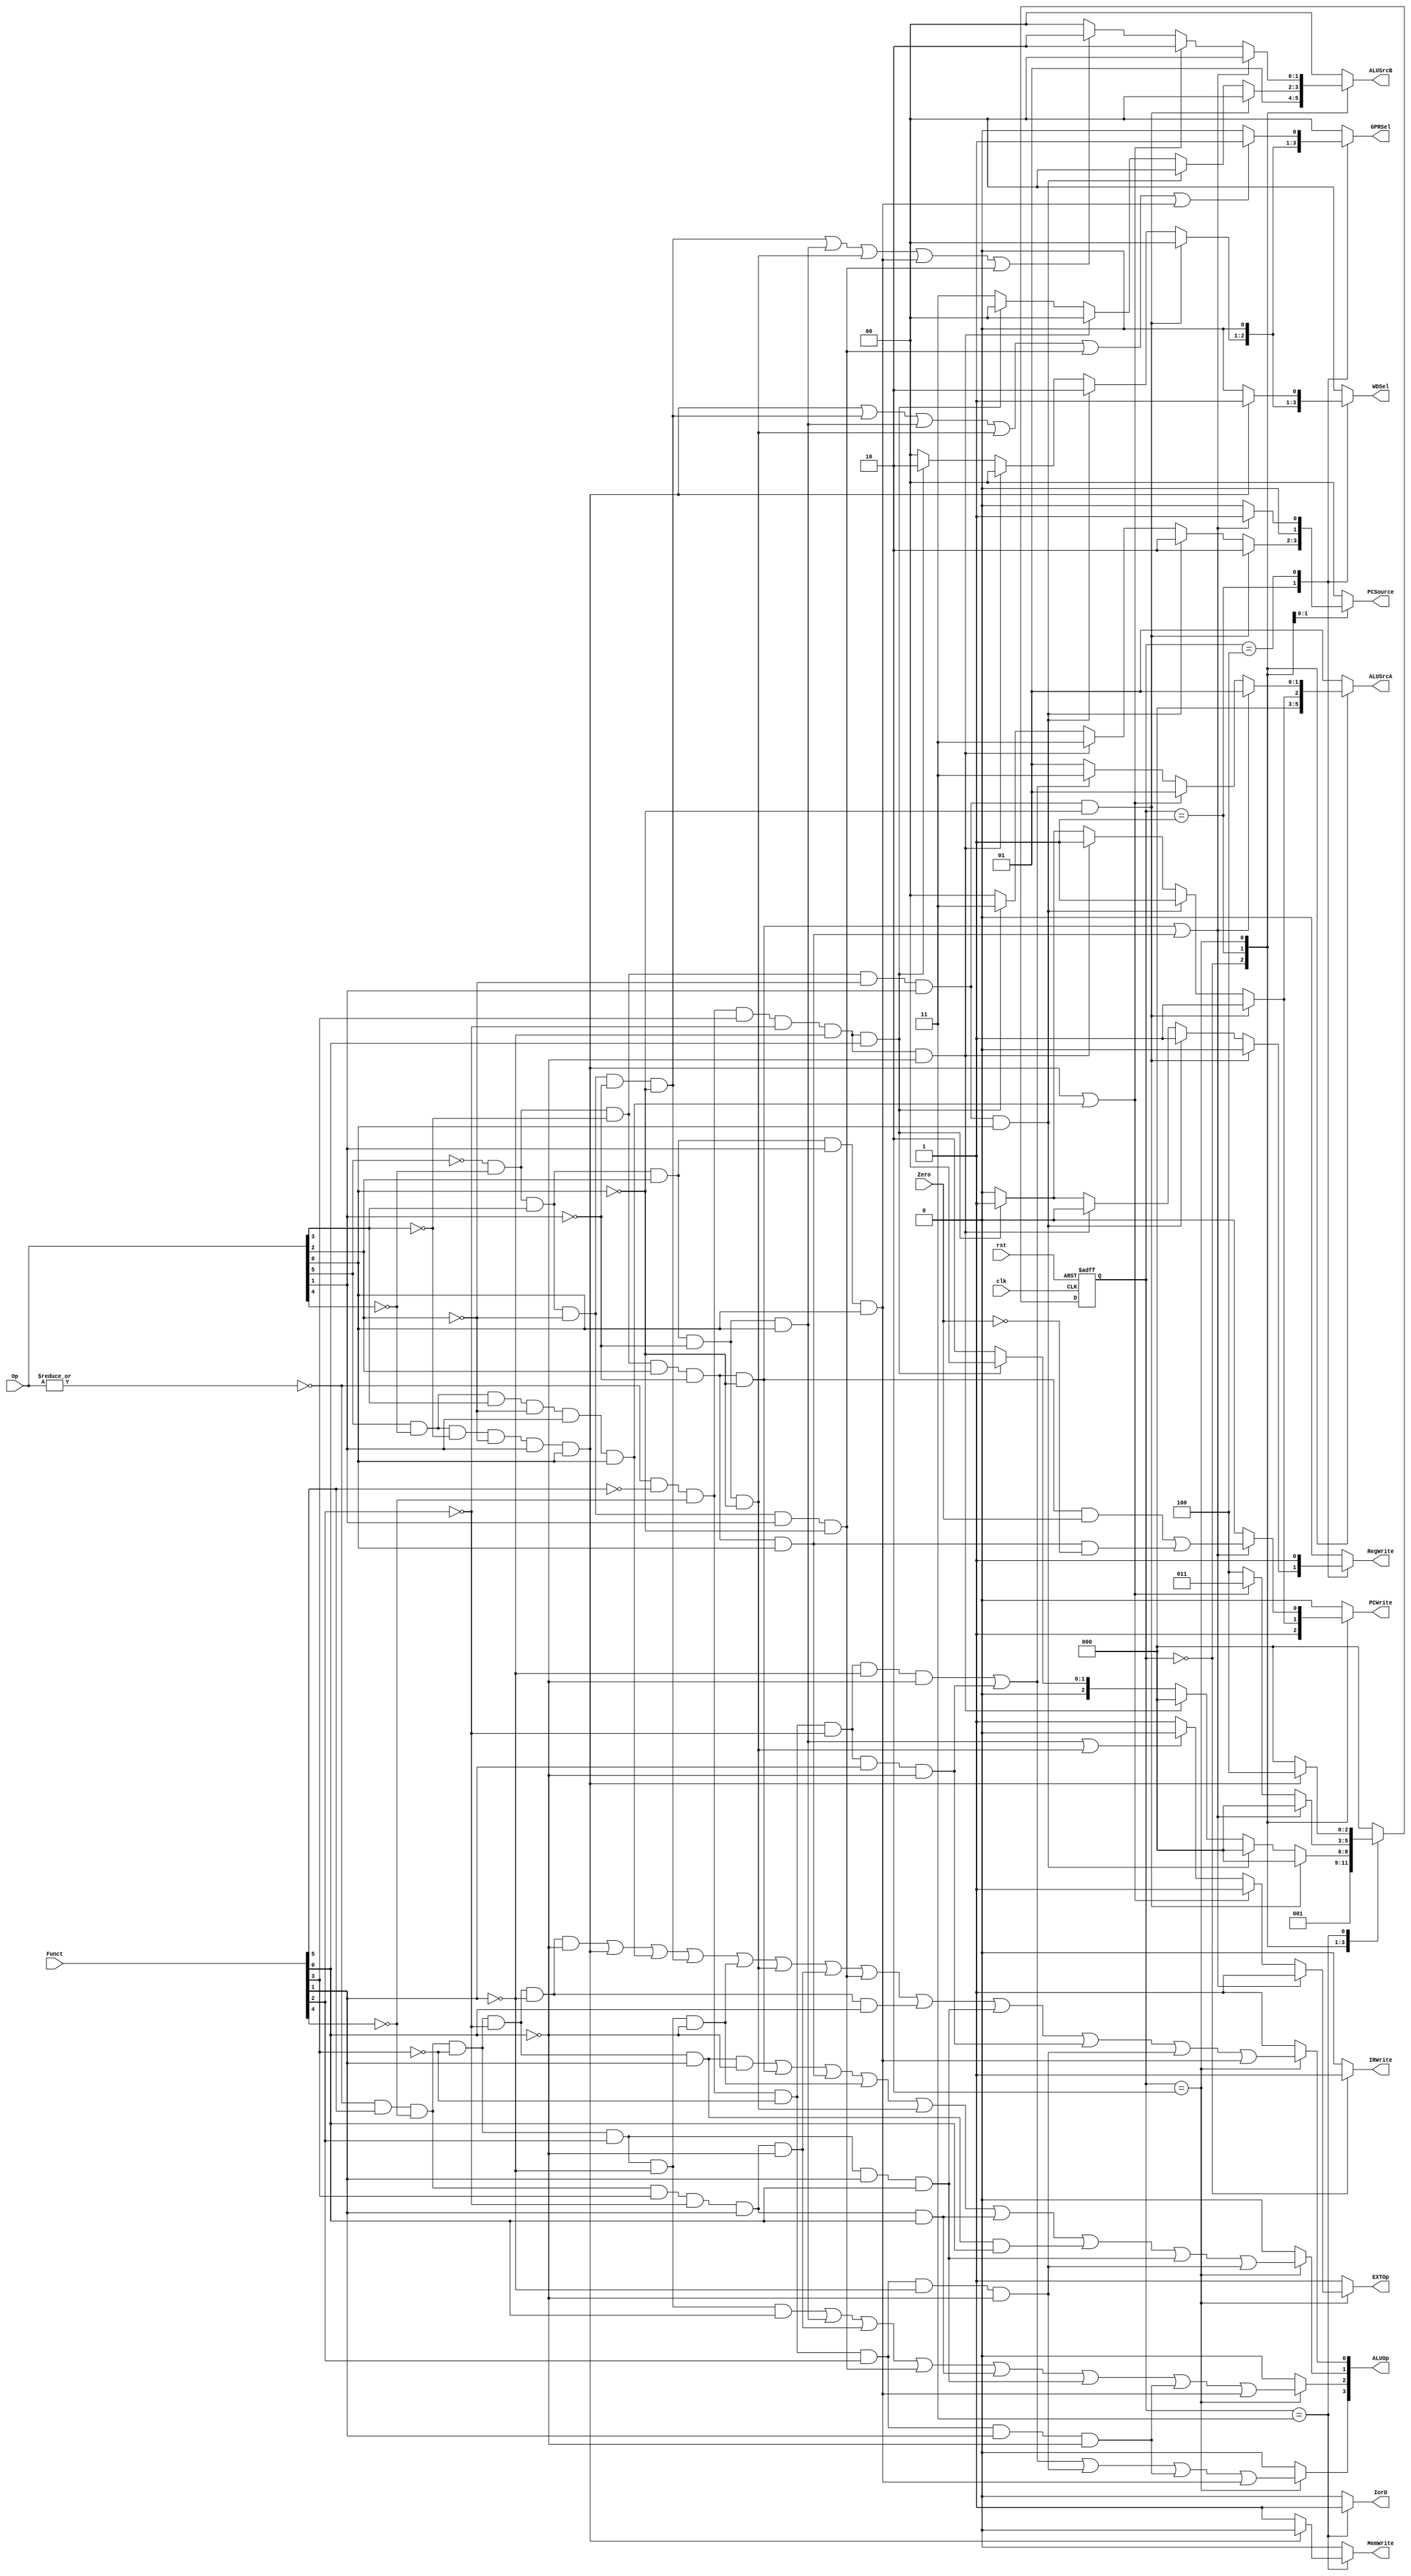
//`include "ctrl_encode_def.v"


module ctrl(clk,
            rst,
            Zero,
            Op,
            Funct,
            RegWrite,
            MemWrite,
            PCWrite,
            IRWrite,
            EXTOp,
            ALUOp,
            PCSource,
            ALUSrcA,
            ALUSrcB,
            GPRSel,
            WDSel,
            IorD);
    
    input  clk, rst, Zero;
    input  [5:0] Op;       // opcode
    input  [5:0] Funct;    // funct
    output reg       RegWrite; // control signal for register write
    output reg       MemWrite; // control signal for memory write
    output reg       PCWrite;  // control signal for PC write
    output reg       IRWrite;  // control signal for IR write
    output reg       EXTOp;    // control signal to signed extension
    output reg [1:0] ALUSrcA;  // ALU source for A, 0 - PC, 1 - ReadData1
    output reg [1:0] ALUSrcB;  // ALU source for B, 0 - ReadData2, 1 - 4, 2 - extended immediate, 3 - branch offset
    output reg [3:0] ALUOp;    // ALU opertion
    output reg [1:0] PCSource; // PC source, 0- ALU, 1-ALUOut, 2-JUMP address add 3-JR
    output reg [1:0] GPRSel;   // general purpose register selection
    output reg [1:0] WDSel;    // (register) write data selection
    output reg       IorD;     // 0-memory access for instruction, 1 - memory access for data
    
    // GPRSel_RD   2'b00
    // GPRSel_RT   2'b01
    // GPRSel_31   2'b10
    
    // WDSel_FromALU 2'b00
    // WDSel_FromMEM 2'b01
    // WDSel_FromPC  2'b10
    
    // ALU_NOP   3'b000
    // ALU_ADD   3'b001
    // ALU_SUB   3'b010
    // ALU_AND   3'b011
    // ALU_OR    3'b100
    // ALU_SLT   3'b101
    // ALU_SLTU  3'b110
    
    parameter  [2:0] sif = 3'b000,                // IF  state
    sid = 3'b001,                // ID  state
    sexe = 3'b010,                // EXE state
    smem = 3'b011,                // MEM state
    swb = 3'b100;                // WB  state
    // r format
    wire rtype  = ~|Op;
    wire i_add  = rtype& Funct[5]&~Funct[4]&~Funct[3]&~Funct[2]&~Funct[1]&~Funct[0]; // add
    wire i_sub  = rtype& Funct[5]&~Funct[4]&~Funct[3]&~Funct[2]& Funct[1]&~Funct[0]; // sub
    wire i_and  = rtype& Funct[5]&~Funct[4]&~Funct[3]& Funct[2]&~Funct[1]&~Funct[0]; // and
    wire i_or   = rtype& Funct[5]&~Funct[4]&~Funct[3]& Funct[2]&~Funct[1]& Funct[0]; // or
    wire i_slt  = rtype& Funct[5]&~Funct[4]& Funct[3]&~Funct[2]& Funct[1]&~Funct[0]; // slt
    wire i_sltu = rtype& Funct[5]&~Funct[4]& Funct[3]&~Funct[2]& Funct[1]& Funct[0]; // sltu
    wire i_addu = rtype& Funct[5]&~Funct[4]&~Funct[3]&~Funct[2]&~Funct[1]& Funct[0]; // addu
    wire i_subu = rtype& Funct[5]&~Funct[4]&~Funct[3]&~Funct[2]& Funct[1]& Funct[0]; // subu
    
    // add r format
    wire i_sll  = rtype& ~Funct[5]&~Funct[4]&~Funct[3]&~Funct[2]&~Funct[1]&~Funct[0];
    wire i_nor  = rtype&  Funct[5]&~Funct[4]&~Funct[3]& Funct[2]& Funct[1]& Funct[0];
    wire i_srl  = rtype& ~Funct[5]&~Funct[4]&~Funct[3]&~Funct[2]& Funct[1]&~Funct[0];
    wire i_srlv = rtype& ~Funct[5]&~Funct[4]&~Funct[3]& Funct[2]& Funct[1]&~Funct[0];
    wire i_sllv = rtype& ~Funct[5]&~Funct[4]&~Funct[3]& Funct[2]&~Funct[1]&~Funct[0];
    wire i_jr   = rtype& ~Funct[5]&~Funct[4]& Funct[3]&~Funct[2]&~Funct[1]&~Funct[0];
    wire i_jalr = rtype& ~Funct[5]&~Funct[4]& Funct[3]&~Funct[2]&~Funct[1]& Funct[0];
    
    // i format
    wire i_addi = ~Op[5]&~Op[4]& Op[3]&~Op[2]&~Op[1]&~Op[0]; // addi
    wire i_ori  = ~Op[5]&~Op[4]& Op[3]& Op[2]&~Op[1]& Op[0]; // ori
    wire i_lw   = Op[5]&~Op[4]&~Op[3]&~Op[2]& Op[1]& Op[0]; // lw
    wire i_sw   = Op[5]&~Op[4]& Op[3]&~Op[2]& Op[1]& Op[0]; // sw
    wire i_beq  = ~Op[5]&~Op[4]&~Op[3]& Op[2]&~Op[1]&~Op[0]; // beq
    
    // add i format
    wire i_lui  = ~Op[5]&~Op[4]& Op[3]& Op[2]& Op[1]& Op[0];
    wire i_slti = ~Op[5]&~Op[4]& Op[3]&~Op[2]& Op[1]&~Op[0];
    wire i_bne  = ~Op[5]&~Op[4]&~Op[3]& Op[2]&~Op[1]& Op[0];
    wire i_andi = ~Op[5]&~Op[4]& Op[3]& Op[2]&~Op[1]&~Op[0];
    
    // j format
    wire i_j   = ~Op[5]&~Op[4]&~Op[3]&~Op[2]& Op[1]&~Op[0];  // j
    wire i_jal = ~Op[5]&~Op[4]&~Op[3]&~Op[2]& Op[1]& Op[0];  // jal
    
    /*************************************************/
    /******               FSM                   ******/
    reg [2:0] nextstate;
    reg [2:0] state;
    
    always @(posedge clk or posedge rst) begin
        if (rst)
            state <= sif;
        else
            state <= nextstate;
    end // end always
    
    /*************************************************/
    /******         Control Signal              ******/
    always @(*) begin
        RegWrite = 0;
        MemWrite = 0;
        PCWrite  = 0;
        IRWrite  = 0;
        EXTOp    = 1;           // signed extension
        ALUSrcA  = 2'b01;           // 1 - ReadData1
        ALUSrcB  = 2'b00;       // 0 - ReadData2
        ALUOp    = 4'b0001;      // ALU_ADD       3'b001
        GPRSel   = 2'b00;       // GPRSel_RD     2'b00
        WDSel    = 2'b00;       // WDSel_FromALU 2'b00
        PCSource = 2'b00;       // PC + 4 (ALU)
        IorD     = 0;           // 0-memory access for instruction
        
        case (state)
            sif: begin
                PCWrite   = 1;
                IRWrite   = 1;
                ALUSrcA   = 2'b00;      // PC
                ALUSrcB   = 2'b01;  // 4
                nextstate = sid;
            end
            
            sid: begin
                if (i_j) begin
                    PCSource  = 2'b10; // JUMP address
                    PCWrite   = 1;
                    nextstate = sif;
                end
                else if (i_jal) begin
                    PCSource  = 2'b10; // JUMP address
                    PCWrite   = 1;
                    RegWrite  = 1;
                    WDSel     = 2'b10;    // WDSel_FromPC  2'b10
                    GPRSel    = 2'b10;   // GPRSel_31     2'b10
                    nextstate = sif;
                end
                else if (i_jr) begin
                    PCSource  = 2'b11; // JR address
                    PCWrite   = 1;
                    nextstate = sif;
                end
                else if (i_jalr) begin
                    PCSource  = 2'b11; // JR address
                    PCWrite   = 1;
                    RegWrite  = 1;
                    WDSel     = 2'b10;    // WDSel_FromPC  2'b10
                    GPRSel    = 2'b10;   // GPRSel_31     2'b10
                    nextstate = sif;
                end
                else begin
                    ALUSrcA   = 2'b00;       // PC
                    ALUSrcB   = 2'b11;   // branch offset
                    nextstate = sexe;
                end
            end
            
            sexe: begin
                // ALUOp[0] = i_add | i_lw | i_sw | i_addi | i_and | i_slt | i_addu;
                // ALUOp[1] = i_sub | i_beq | i_and | i_sltu | i_subu;
                // ALUOp[2] = i_or | i_ori | i_slt | i_sltu;
                /* add */
                // `define ALU_NOP   4'b0000
                // `define ALU_ADD   4'b0001
                // `define ALU_SUB   4'b0010
                // `define ALU_AND   4'b0011
                // `define ALU_OR    4'b0100
                // `define ALU_SLT   4'b0101
                // `define ALU_SLTU  4'b0110
                // `define ALU_NOR   4'b0111
                // `define ALU_SLL   4'b1000
                // `define ALU_SRL   4'b1001
                // `define ALU_SLLV  4'b1011
                // `define ALU_SRLV  4'b1100
                // `define ALU_LUI   4'b1101
                ALUOp[0] = i_add | i_lw  | i_sw   | i_addi | i_and  | i_andi | i_slt  | i_slti | i_addu | i_nor | i_srl | i_sllv | i_lui;
                ALUOp[1] = i_sub | i_beq | i_bne  | i_and  | i_andi | i_sltu | i_subu | i_nor  | i_sllv;
                ALUOp[2] = i_or  | i_ori | i_slt  | i_slti | i_sltu | i_nor  | i_srlv | i_lui;
                ALUOp[3] = i_sll | i_srl | i_sllv | i_srlv | i_lui;
                if (i_beq | i_bne) begin
                    PCSource  = 2'b01; // ALUout, branch address
                    PCWrite   = (i_beq & Zero) | (i_bne & ~Zero);
                    nextstate = sif;
                end
                else if (i_lw | i_sw) begin
                    ALUSrcB   = 2'b10; // select offset
                    nextstate = smem;
                end
                else begin
                    if (i_addi | i_ori | i_andi | i_lui | i_slti) ALUSrcB = 2'b10; // select immediate
                    if (i_sll  | i_srl) ALUSrcA                           = 2'b11;
                    if (i_ori  | i_andi) EXTOp                            = 0; // zero extension
                    nextstate                                             = swb;
                end
            end
            
            smem: begin
                IorD = 1;  // memory address = ALUout
                if (i_lw) begin
                    nextstate = swb;
                end
                else begin  // i_sw
                    MemWrite  = 1;
                    nextstate = sif;
                end
            end
            
            swb: begin
                if (i_lw) WDSel = 2'b01;     // WDSel_FromMEM 2'b01
                if (i_lw | i_addi | i_ori | i_andi | i_slti | i_lui) begin
                    GPRSel = 2'b01;    // GPRSel_RT     2'b01
                end
                RegWrite  = 1;
                nextstate = sif;
            end
            
            default: begin
                nextstate = sif;
            end
            
        endcase
    end // end always
    
endmodule